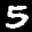
Label: 5